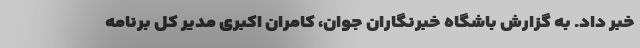
خبر داد. به گزارش باشگاه خبرنگاران جوان، کامران اکبری مدیر کل برنامه